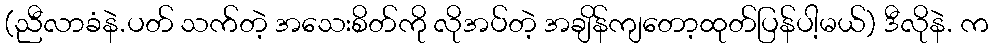
(ညီလာခံနဲ.ပတ် သက်တဲ့ အသေးစိတ်ကို လိုအပ်တဲ့ အချိန်ကျတော့ထုတ်ပြန်ပါ့မယ်) ဒီလိုနဲ. က